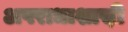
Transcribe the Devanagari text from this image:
अपराधाशास़ी